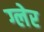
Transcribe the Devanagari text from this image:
ग्लेर